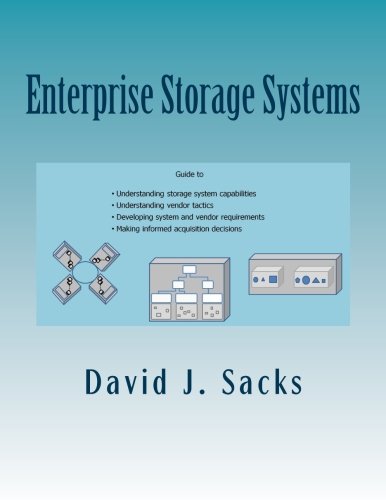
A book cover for Enterprise Storage Systems: Guide to understanding storage system capabilities, understanding vendor tactics, developing system and vendor requirements, and making informed acquisition decisions; David J. Sacks; Computers & Technology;